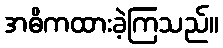
အဓိကထားခဲ့ကြသည်။